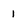
Character: 1